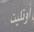
أرتلبت